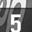
Digit: 5